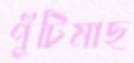
পুঁটিমাছ